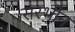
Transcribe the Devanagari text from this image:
सरभोन